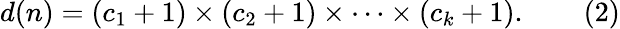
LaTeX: d(n)=(c_{1}+1)\times(c_{2}+1)\times\cdots\times(c_{k}+1).\qquad(2)